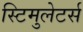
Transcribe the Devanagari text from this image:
स्टिमुलेटर्स